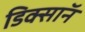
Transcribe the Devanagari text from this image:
डिक्साॅन